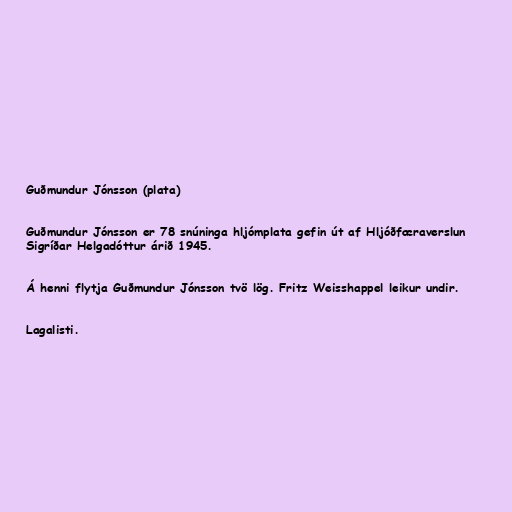
Guðmundur Jónsson (plata)

Guðmundur Jónsson er 78 snúninga hljómplata gefin út af Hljóðfæraverslun
Sigríðar Helgadóttur árið 1945.

Á henni flytja Guðmundur Jónsson tvö lög. Fritz Weisshappel leikur undir.

Lagalisti.